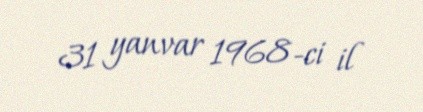
31 yanvar 1968-ci il